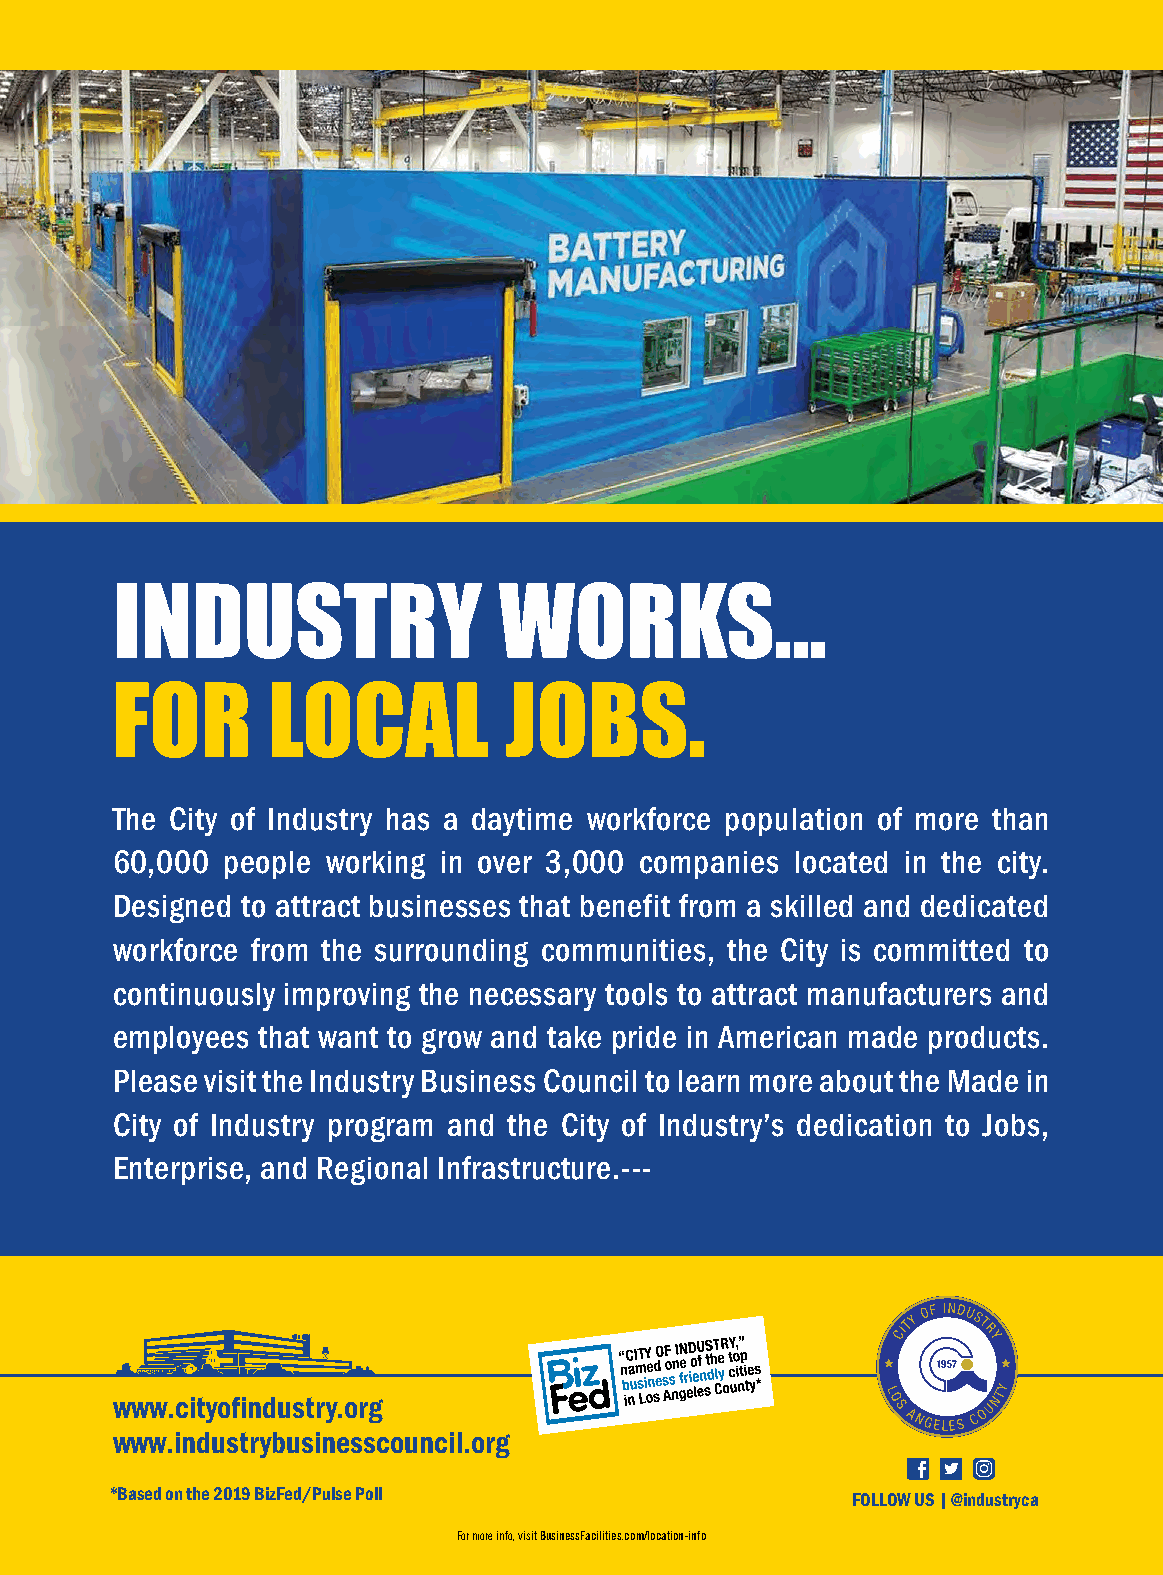
INDUSTRY                 WORKS...
 FOR        LOCAL          JOBS.
 The City of Industry has a daytime workforce population of more than
 60,000  people working in over 3,000 companies located in the city.
 Designed to attract businesses that benefit from a skilled and dedicated
 workforce from the surrounding communities, the City is committed to
 continuously improving the necessary tools to attract manufacturers and
 employees that want to grow and take pride in American made products.
 Please visit the Industry Business Council to learn more about the Made in
 City of Industry program and the City of Industry’s dedication to Jobs,
 Enterprise, and Regional Infrastructure.---
 www.cityofindustry.org
 www.industrybusinesscouncil.org
 *Based on the 2019 BizFed/Pulse Poll             FOLLOW US | @industryca
 For more info, visit BusinessFacilities.com/location-info
 For more info, visit BusinessFacilities.com/location-info